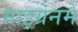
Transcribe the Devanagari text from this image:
माइग्रेनमें